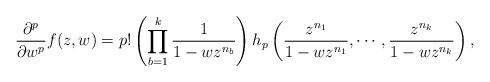
LaTeX: \begin{align*}\frac{\partial^p}{\partial w^p} f(z,w)= p! \left( \prod_{b=1}^k \frac{1}{1 - wz^{n_b}} \right) h_p \left( \frac{z^{n_1}}{1 - wz^{n_1}}, \cdots, \frac{z^{n_k}}{1 - wz^{n_k}} \right),\end{align*}